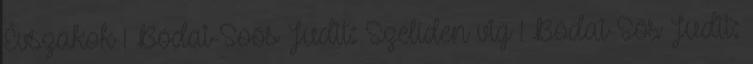
Évszakok 1 Bódai-Soós Judit: Szelíden vig 1 Bódai-Sós Judit: